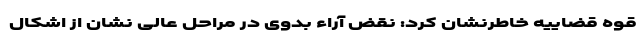
قوه قضاییه خاطرنشان کرد: نقض آراء بدوی در مراحل عالی نشان از اشکال